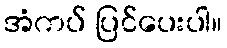
အံကပ် ပြင်ပေးပါ။